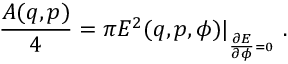
{ \frac { A ( q , p ) } { 4 } } = \pi E ^ { 2 } ( q , p , \phi ) \vert _ { \phantom { } _ { { \frac { \partial E } { \partial \phi } } = 0 } } \ .